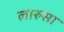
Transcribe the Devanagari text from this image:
लारुसा